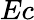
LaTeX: Ec